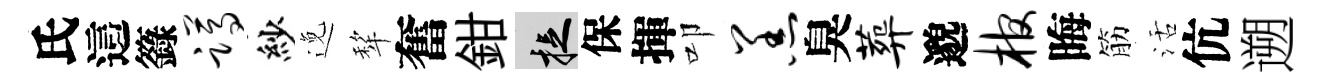
氏這籙蹲紗𨓜犂奮鉗捉保揮叩羔臭葬邈棺晦筋活伉遡